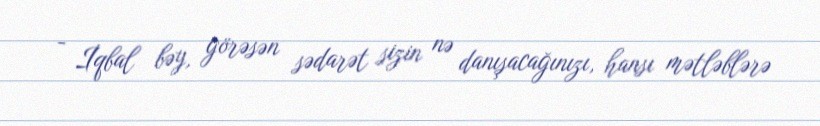
- İqbal bəy, görəsən sədarət sizin nə danışacağınızı, hansı mətləblərə